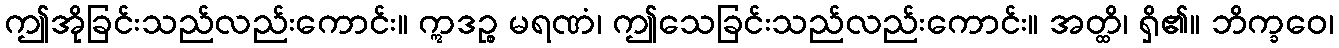
ဤအိုခြင်းသည်လည်းကောင်း။ ဣဒဉ္စ မရဏံ၊ ဤသေခြင်းသည်လည်းကောင်း။ အတ္ထိ၊ ရှိ၏။ ဘိက္ခဝေ၊